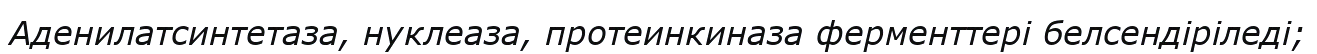
Аденилатсинтетаза, нуклеаза, протеинкиназа ферменттері белсендіріледі;